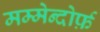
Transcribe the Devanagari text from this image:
मम्मेन्दोर्फ़